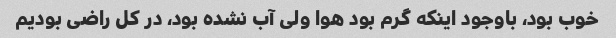
خوب بود، باوجود اینکه گرم بود هوا ولی آب نشده بود، در کل راضی بودیم